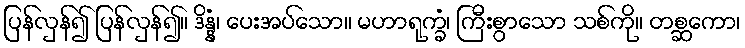
ပြန်လှန်၍ ပြန်လှန်၍။ ဒိန္နံ၊ ပေးအပ်သော။ မဟာရုက္ခံ၊ ကြီးစွာသော သစ်ကို။ တစ္ဆကော၊